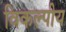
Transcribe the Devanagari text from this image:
विकल्पीय